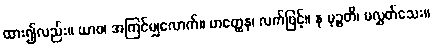
ထား၍လည်း။ ယာဝ၊ အကြင်မျှလောက်။ ဟတ္ထေန၊ လက်ဖြင့်။ န မုဉ္စတိ၊ မလွှတ်သေး။